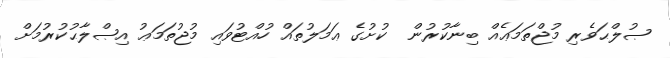
ޞުލްޙަވެރި މުޖްތަމަޢެއް ބިނާކުރުން  ކުށުގެ ޢަމަލުތައް ހުއްޓުވައި މުޖުތަމަޢު އިޞްލާޙުކުރުމަށް